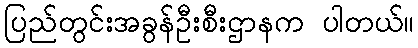
ပြည်တွင်းအခွန်ဦးစီးဌာနက ပါတယ်။